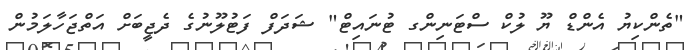
"ތެންކިޔު އެންޑް ޔޫ ލުކް ސްޓަނިންގ ޓުނައިޓް" ޝަދަފް ފަޓުލޫނުގެ ދެޖީބަށް އަތްޖަހާލަމުން